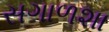
સગાળશા